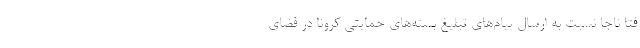
فتا ناجا نسبت به ارسال پیام‌های تبلیغ بسته‌های حمایتی کرونا در فضای